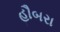
હૌબરા